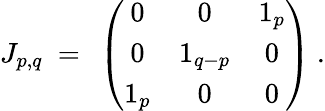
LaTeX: J_{p,q}~=~\left(\begin{array}{ccc}{{0}}&{{0}}&{{1_{p}}}\\ {{0}}&{{1_{q-p}}}&{{0}}\\ {{1_{p}}}&{{0}}&{{0}}\end{array}\right)~.